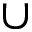
\cup